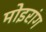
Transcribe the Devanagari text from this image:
मोइरांग